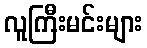
လူကြီးမင်းများ